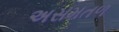
અસમતળ